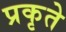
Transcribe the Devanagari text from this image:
प्रकृते